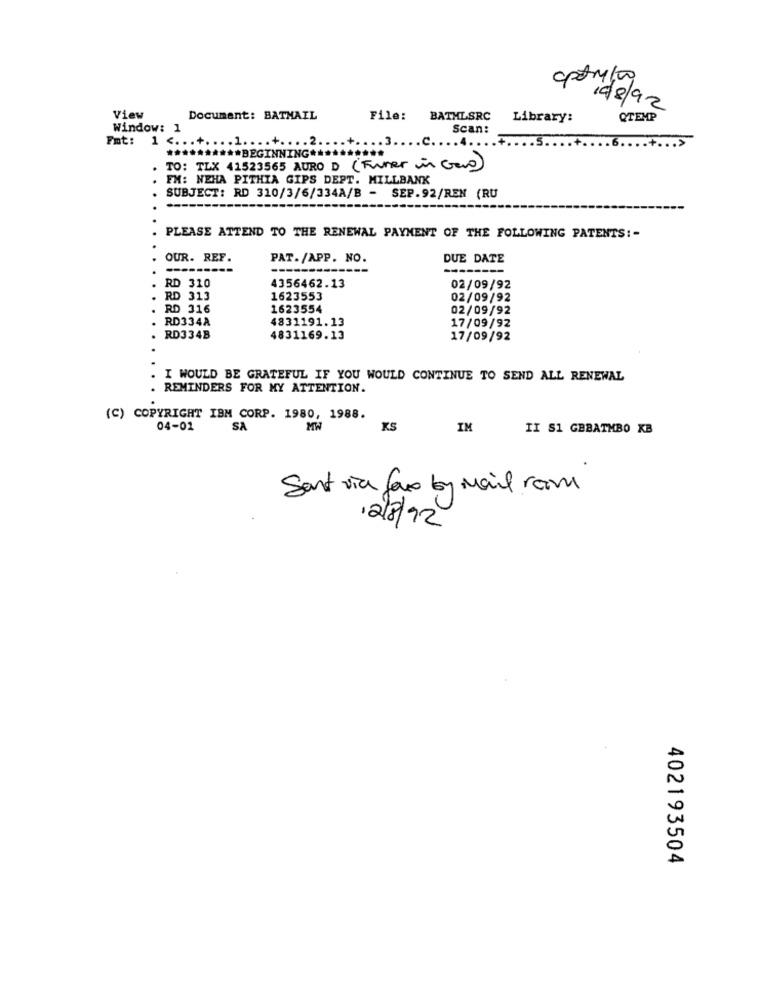
aptryto
19/8/92
View
Document: BATMAIL
File: BATMLSRC
Library:
QTEMP
Window: 1
Scan:
Fmt: 1 <.
*** BEGINNING **********
TO: TLX 41523565 AURO D (Funer in Gevo)
FM: NEHA PITHIA GIPS DEPT. MILLBANK
SUBJECT: RD 310/3/6/334A/B - SEP.92/REN (RU
PLEASE ATTEND TO THE RENEWAL PAYMENT OF THE FOLLOWING PATENTS: -
OUR. REF.
PAT./APP. NO.
DUE DATE
---
4356462.13
RD 310
02/09/92
RD 313
1623553
02/09/92
RD 316
1623554
02/09/92
RD334A
4831191.13
17/09/92
RD334B
4831169.13
17/09/92
I WOULD BE GRATEFUL IF YOU WOULD CONTINUE TO SEND ALL RENEWAL
. REMINDERS FOR MY ATTENTION.
(C) COPYRIGHT IBM CORP. 1980, 1988.
04-01
SA
MW
KS
IM
II S1 GBBATMBO KB
Sant via faro by mail room
12/8/92
402193504